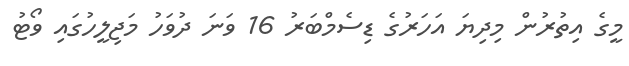
މީގެ އިތުރުން މިދިޔަ އަހަރުގެ ޑިސެމްބަރު 16 ވަނަ ދުވަހު މަޖިލީހުގައި ވޯޓު